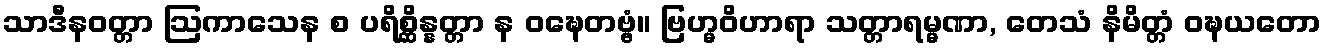
သာဒီနဝတ္တာ ဩကာသေန စ ပရိစ္ဆိန္နတ္တာ န ဝဍ္ဎေတဗ္ဗံ။ ဗြဟ္မဝိဟာရာ သတ္တာရမ္မဏာ, တေသံ နိမိတ္တံ ဝဍ္ဎယတော